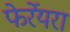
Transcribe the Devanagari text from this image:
फेर्रेयरा